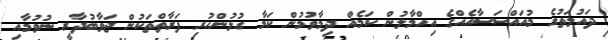
ދައުލަތުގެ މުއައްސަސާއެެއްގެ އިހްމާލުން ކަމެއް ދިމާވުމުން ކަމާ ގުޅުންހުރި ފަރާތްތަކުން ޖަވާބުދާރީ ނުވުމާއި